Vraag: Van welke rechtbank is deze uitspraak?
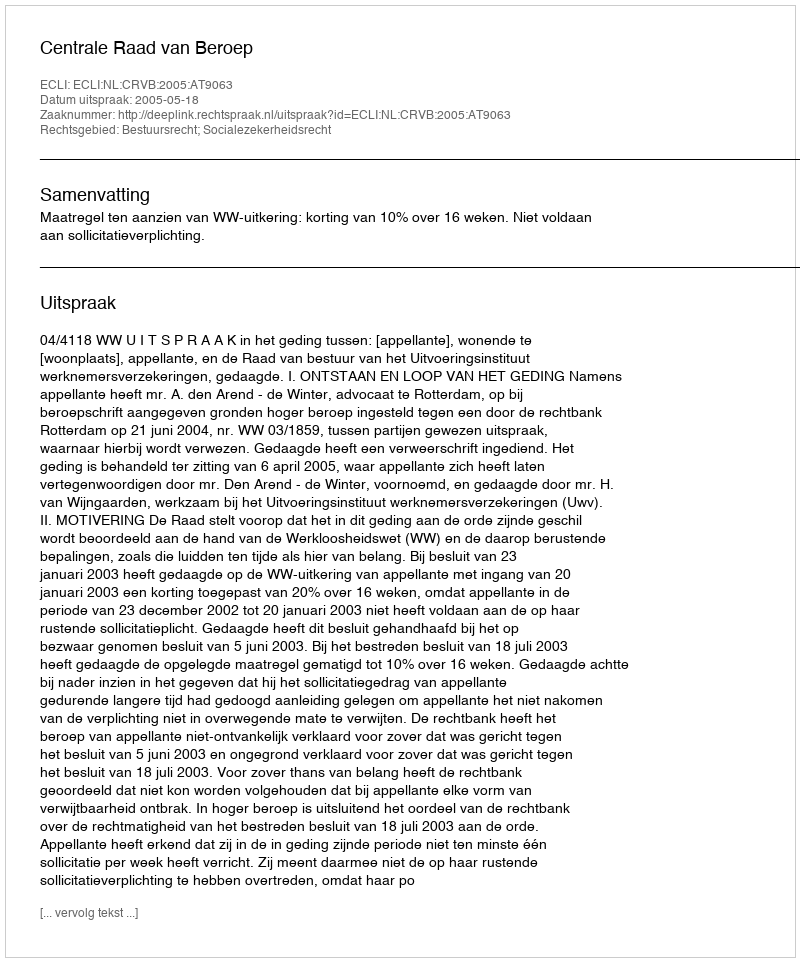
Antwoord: Centrale Raad van Beroep